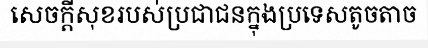
សេចក្តីសុខរបស់ប្រជាជនក្នុងប្រទេសតូចតាច